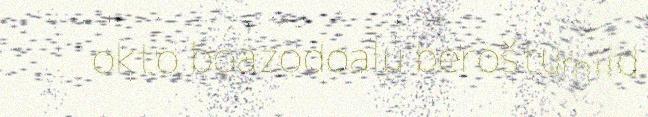
okto boazodoalu beroštumiid